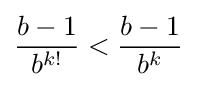
{\frac {b-1}{b^{k!}}}<{\frac {b-1}{b^{k}}}